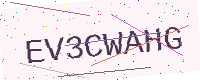
Text: EV3CWAHG